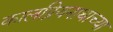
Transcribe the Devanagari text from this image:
कालप्रियनाथाच्या